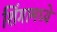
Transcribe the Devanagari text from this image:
शिंगामध्ये